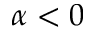
\alpha < 0